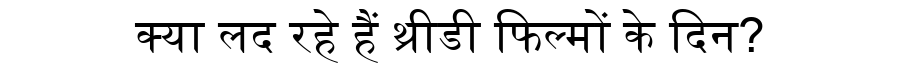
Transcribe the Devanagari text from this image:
क्या लद रहे हैं थ्रीडी फिल्मों के दिन?